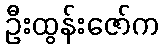
ဦးထွန်းဇော်က